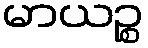
မာယဉ္စ